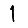
Digit: 1